Vaccination in Bombay 1869-1873 - 1869-1873
Year: 1869
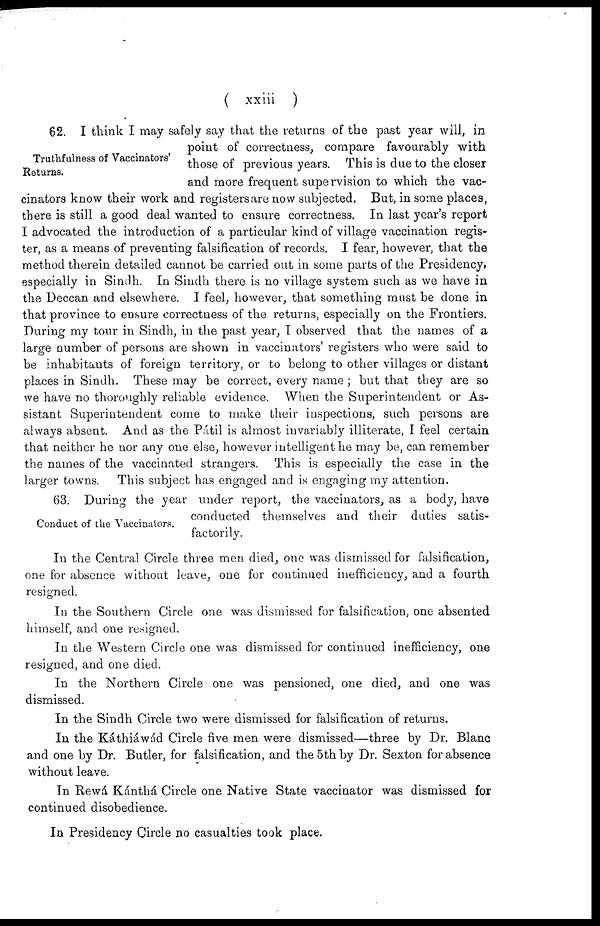
( xxiii )
Truthfulness of Vaccinators'
Returns.
62. I think I may safely say that the returns of the past year will, in
point of correctness, compare favourably with
those of previous years. This is due to the closer
and more frequent supervision to which the vac-
cinators know their work and registers are now subjected. But, in some places,
there is still a good deal wanted to ensure correctness. In last year's report
I advocated the introduction of a particular kind of village vaccination regis-
ter, as a means of preventing falsification of records. I fear, however, that the
method therein detailed cannot be carried out in some parts of the Presidency,
especially in Sindh. In Sindh there is no village system such as we have in
the Deccan and elsewhere. I feel, however, that something must be done in
that province to ensure correctness of the returns, especially on the Frontiers.
During my tour in Sindh, in the past year, I observed that the names of a
large number of persons are shown in vaccinators' registers who were said to
be inhabitants of foreign territory, or to belong to other villages or distant
places in Sindh. These may be correct, every name ; but that they are so
we have no thoroughly reliable evidence. When the Superintendent or As-
sistant Superintendent come to make their inspections, such persons are
always absent. And as the Pátil is almost invariably illiterate, I feel certain
that neither he nor any one else, however intelligent he may be, can remember
the names of the vaccinated strangers. This is especially the case in the
larger towns.
This subject has engaged and is engaging my attention.
Conduct of the Vaccinators.
63. During the year under report, the vaccinators, as a body, have
conducted themselves and their duties satis-
factorily.
In the Central Circle three men died, one was dismissed for falsification,
one for absence without leave, one for continued inefficiency, and a fourth
resigned.
In the Southern Circle one was dismissed for falsification, one absented
himself, and one resigned.
In the Western Circle one was dismissed for continued inefficiency, one
resigned, and one died.
In the Northern Circle one was pensioned, one died, and one was
dismissed.
In the Sindh Circle two were dismissed for falsification of returns.
In the Káthiáwád Circle five men were dismissed—three by Dr. Blanc
and one by Dr. Butler, for falsification, and the 5th by Dr. Sexton for absence
without leave.
In Rewá Kánthá Circle one Native State vaccinator was dismissed for
continued disobedience.
In Presidency Circle no casualties took place.